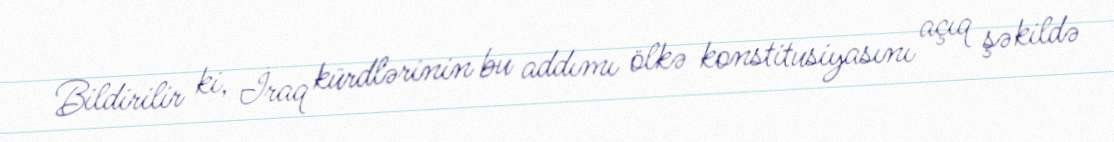
Bildirilir ki, İraq kürdlərinin bu addımı ölkə konstitusiyasını açıq şəkildə